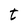
Character: t